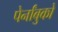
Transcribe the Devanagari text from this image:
पेर्नांबुको